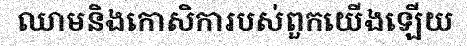
ឈាមនិងកោសិការបស់ពួកយើងឡើយ